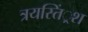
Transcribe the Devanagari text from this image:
त्रयस्तिं्रश